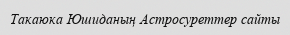
Такаюка Юшиданың Астросуреттер сайты